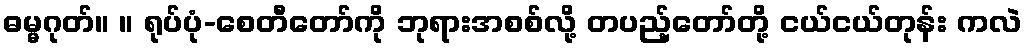
ဓမ္မဂုတ်။ ။ ရုပ်ပုံ-စေတီတော်ကို ဘုရားအစစ်လို့ တပည့်တော်တို့ ငယ်ငယ်တုန်း ကလဲ